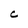
Character: C